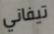
تيفاني